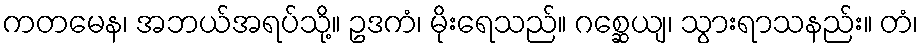
ကတမေန၊ အဘယ်အရပ်သို့။ ဥဒကံ၊ မိုးရေသည်။ ဂစ္ဆေယျ၊ သွားရာသနည်း။ တံ၊